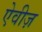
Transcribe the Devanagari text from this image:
ऐवीज़